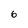
Character: 6